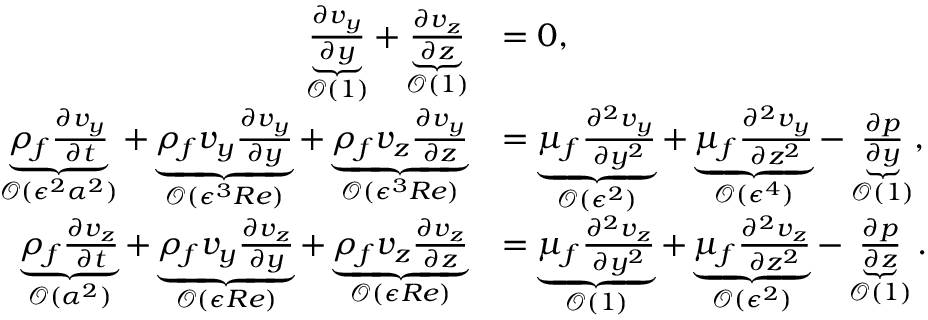
\begin{array} { r l } { \underbrace { \frac { \partial v _ { y } } { \partial y } } _ { \mathcal { O } ( 1 ) } + \underbrace { \frac { \partial v _ { z } } { \partial z } } _ { \mathcal { O } ( 1 ) } } & { = 0 , } \\ { \underbrace { \rho _ { f } \frac { \partial v _ { y } } { \partial t } } _ { \mathcal { O } ( \epsilon ^ { 2 } { \alpha } ^ { 2 } ) } + \underbrace { \rho _ { f } v _ { y } \frac { \partial v _ { y } } { \partial y } } _ { \mathcal { O } ( \epsilon ^ { 3 } R e ) } + \underbrace { \rho _ { f } v _ { z } \frac { \partial v _ { y } } { \partial z } } _ { \mathcal { O } ( \epsilon ^ { 3 } R e ) } } & { = \underbrace { \mu _ { f } \frac { \partial ^ { 2 } v _ { y } } { \partial y ^ { 2 } } } _ { \mathcal { O } ( \epsilon ^ { 2 } ) } + \underbrace { \mu _ { f } \frac { \partial ^ { 2 } v _ { y } } { \partial z ^ { 2 } } } _ { \mathcal { O } ( \epsilon ^ { 4 } ) } - \underbrace { \frac { \partial p } { \partial y } } _ { \mathcal { O } ( 1 ) } , } \\ { \underbrace { \rho _ { f } \frac { \partial v _ { z } } { \partial t } } _ { \mathcal { O } ( { \alpha } ^ { 2 } ) } + \underbrace { \rho _ { f } v _ { y } \frac { \partial v _ { z } } { \partial y } } _ { \mathcal { O } ( \epsilon R e ) } + \underbrace { \rho _ { f } v _ { z } \frac { \partial v _ { z } } { \partial z } } _ { \mathcal { O } ( \epsilon R e ) } } & { = \underbrace { \mu _ { f } \frac { \partial ^ { 2 } v _ { z } } { \partial y ^ { 2 } } } _ { \mathcal { O } ( 1 ) } + \underbrace { \mu _ { f } \frac { \partial ^ { 2 } v _ { z } } { \partial z ^ { 2 } } } _ { \mathcal { O } ( \epsilon ^ { 2 } ) } - \underbrace { \frac { \partial p } { \partial z } } _ { \mathcal { O } ( 1 ) } . } \end{array}